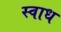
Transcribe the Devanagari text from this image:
स्वाध